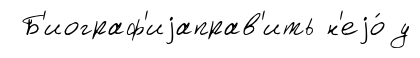
Б'иограф'иjаправ'ить н'еjо́ у